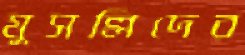
মুসল্লিদের